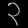
Digit: ၃